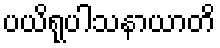
ပယိရုပါသနာယာတိ